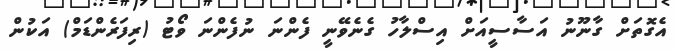
އެގޮތަށް ގާނޫނު އަސާސީއަށް އިސްލާހު ގެނެވޭނީ ފެންނަ ނުފެންނަ ވޯޓު (ރިފަރެންޑަމް) އަކުން